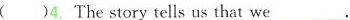
( )4. The story tells us that we___.